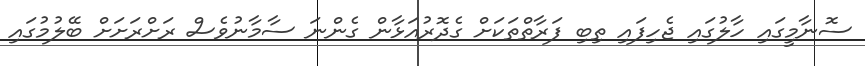
ސޮނާމީގައި ހާލުގައި ޖެހިފައި ތިބި ފަރާތްތަކަށް ގެދޮރުއަޅާން ގެންނަ ސާމާނުވެސް ރަށްރަށަށް ބޭލުމުގައި